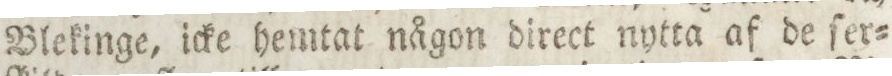
Blekinge, icke hemtat någon direct nyttat af de ſer=